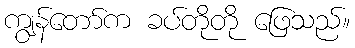
ကျွန်တော်က ခပ်တိုတို ဖြေသည်။